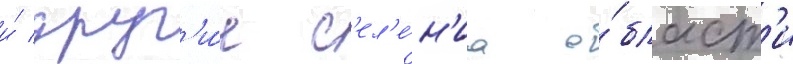
и́ друг'и́е с'ел'е́н'иа о́бласт'и